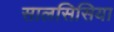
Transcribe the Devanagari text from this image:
सालसिसिया